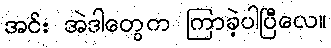
အင်း အဲဒါတွေက ကြာခဲ့ပါပြီလေ။